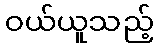
ဝယ်ယူသည့်